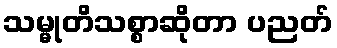
သမ္မုတိသစ္စာဆိုတာ ပညတ်